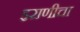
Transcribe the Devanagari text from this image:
इराणीचा